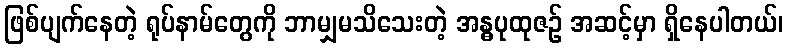
ဖြစ်ပျက်နေတဲ့ ရုပ်နာမ်တွေကို ဘာမျှမသိသေးတဲ့ အန္ဓပုထုဇဉ် အဆင့်မှာ ရှိနေပါတယ်၊